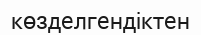
көзделгендіктен